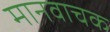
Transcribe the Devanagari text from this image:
मानवाचक